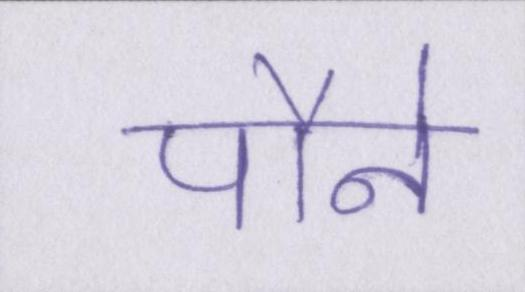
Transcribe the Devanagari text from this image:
पौने